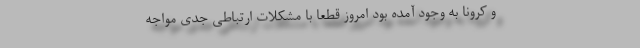
و کرونا به وجود آمده بود امروز قطعاً با مشکلات ارتباطی جدی مواجه